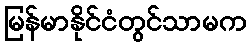
မြန်မာနိုင်ငံတွင်သာမက